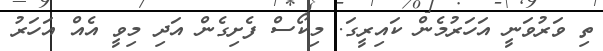
ތި ވަރުވަނީ އަހަރުމެން ކައިރީގަ. މިކޯސް ފެށިގެން އަދި މިވީ އެއް އަހަރު